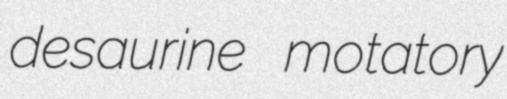
desaurine motatory